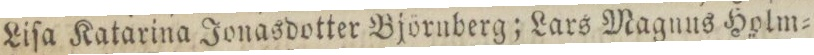
Liſa Katarina Jonasdotter Björnberg; Lars Magnus Holm=